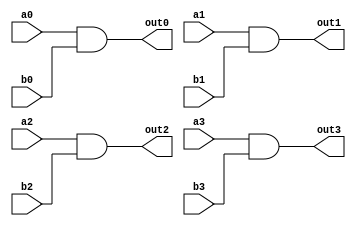
module and_module(a0, a1, a2, a3, b0, b1, b2, b3, out0, out1, out2, out3);
    input a0, a1, a2, a3, b0, b1, b2, b3;
    output out0, out1, out2, out3;

    and(out0, a0, b0);
    and(out1, a1, b1);
    and(out2, a2, b2);
    and(out3, a3, b3);

endmodule